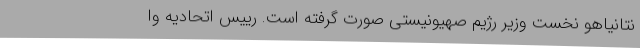
نتانیاهو نخست وزیر رژیم صهیونیستی صورت گرفته است. رییس اتحادیه وا